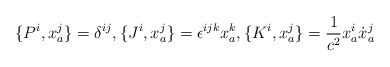
\begin{align*}\{ P^i,x^j_a\}=\delta^{ij},\{ J^i,x^j_a\}=\epsilon^{ijk}x^k_a,\{ K^i,x^j_a\}=\frac{1}{c^2}x^i_a\dot{x}^j_a\end{align*}